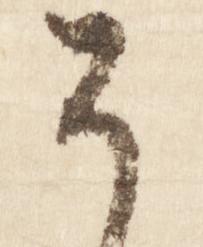
そ